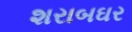
શરાબઘર